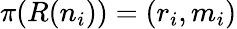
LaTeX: \pi(R(n_{i}))=(r_{i},m_{i})